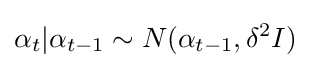
\alpha _{t}|\alpha _{t-1}\sim N(\alpha _{t-1},\delta ^{2}I)